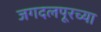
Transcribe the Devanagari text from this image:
जगदलपूरच्या